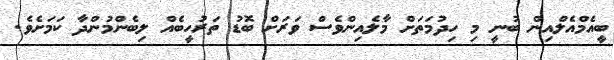
ބީއެމްއެލްއިން ބުނީ މި ހިދުމަތަށް މާލެއިންވެސް ވަރަށް ބޮޑު ތަރުހީބެއް ލިބެންމުންދާ ކަމަށެވެ.